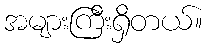
အများကြီးရှိတယ်။